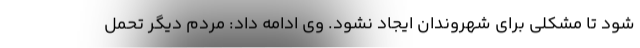
شود تا مشکلی برای شهروندان ایجاد نشود. وی ادامه داد: مردم دیگر تحمل